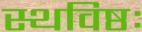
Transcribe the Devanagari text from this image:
स्थविष्ठः